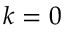
k = 0